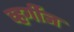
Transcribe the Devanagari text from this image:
व्हर्गीज